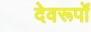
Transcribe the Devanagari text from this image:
देवरूपों